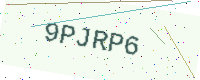
Text: 9PJRP6